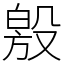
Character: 𣪧